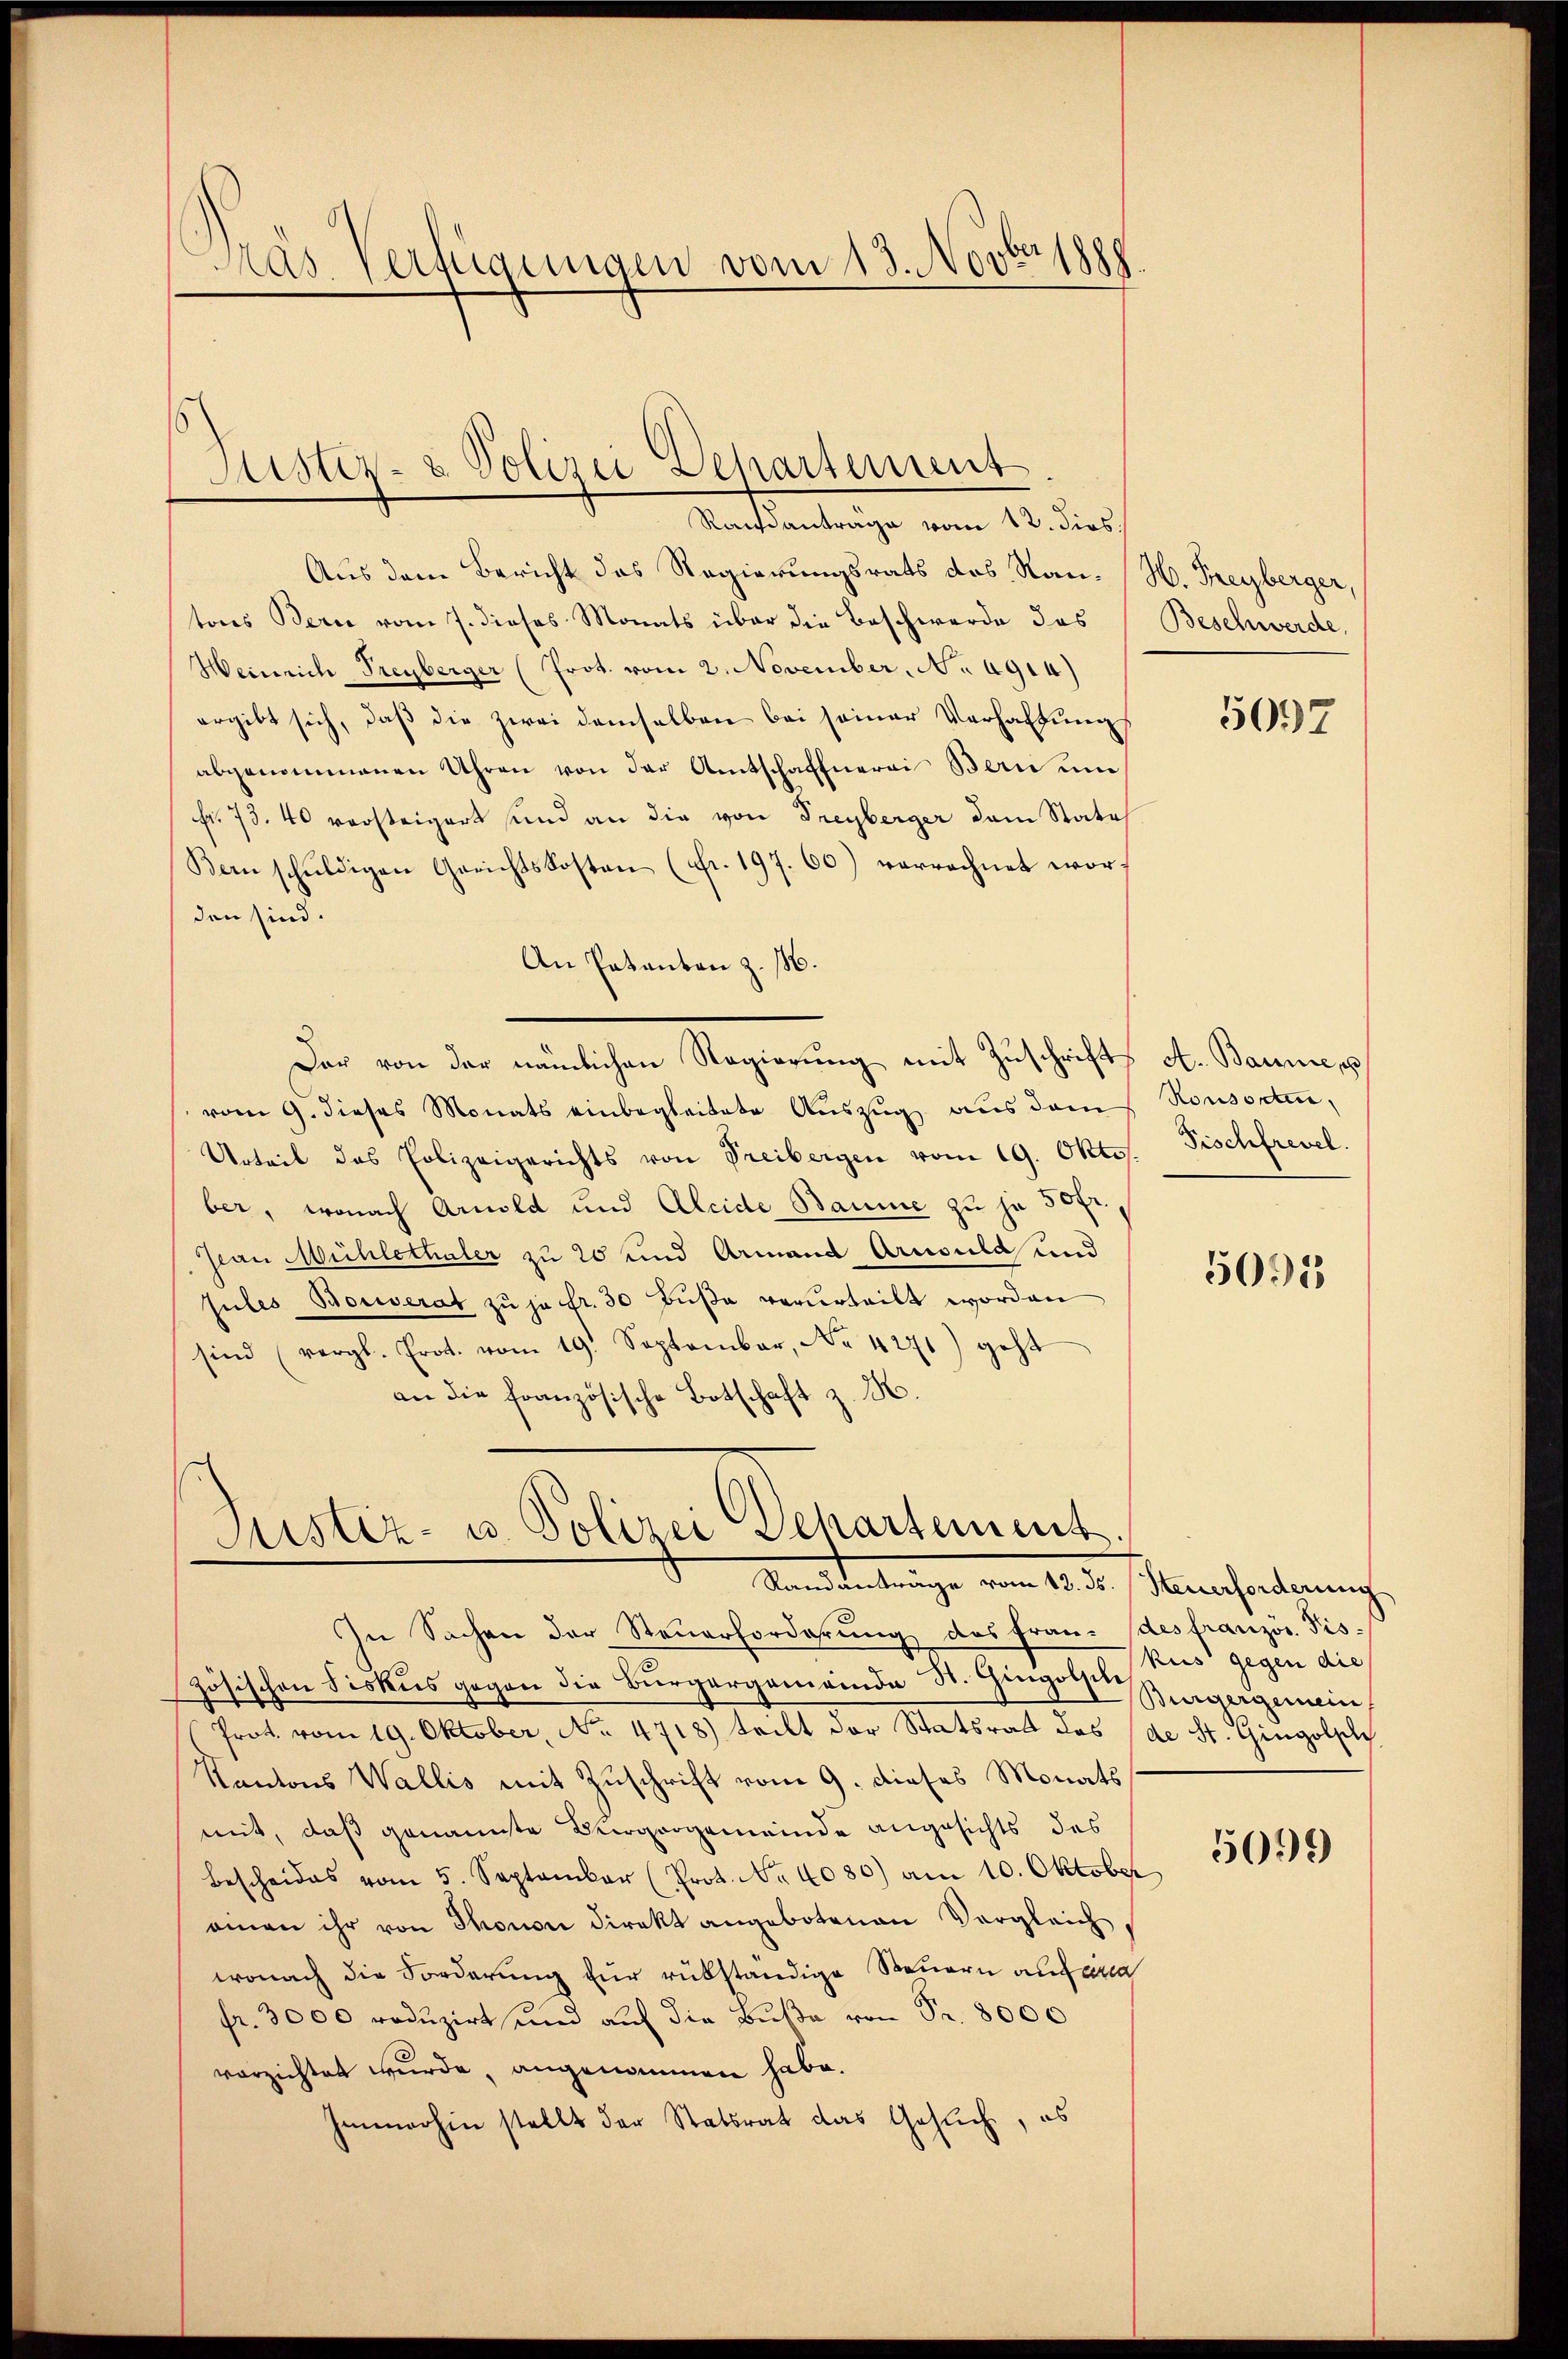
Fras Verfügungen vom 13. Novbr 1888

Justiz- & Polizei Departement
Raissanträge vom 12. dies

Aus dem Bericht das Regierungsrats des Ran- (H. Freyberger,
tons Bern vom 7. dieses Monats über die Beschwerde das
Weinrich Freyberger (Prot. vom 2. November, No 1914)
ergibt sich, daß die zwei demselben bei seiner Verhaltungs
abgenommenen Uhren von der Amtschaffnerei Bern und
fr. 73. 40 vorsteigert sind an die von Freyberger dem State
Bern schŭldigen Gerichtskosten (Fr. 197. 60) verrechnet wor-
den sind.
An Patanton z. 16.
Der von der nämlichen Regierung mit Zuschrift
vom 9. dieses Monats einbegleitete Auszug aus dem
Urteil das Polizeigerichts von Freibergen vom 19. Okto.   Fischfrevel.
ber, wonach Arnold und Aleide Baume zu je 50fr.,
Jean Mühlethaler zu 20 und Armand Arusula und
Jules Bouverat zu ja fr. 30 Buße verurteilt worden
sind (vergl. Prot. vom 19. September, No. 4271) geht
an die französische Botschaft z. B.

Justiz- u Polizei Departement
Randanträge vom 12. ds. Steuerforderung

In Sachen der Steuerforderŭng des Fran- (des französ. Vis-
Zösischen Fiskus gegen die Bürgergemeinde St. Gingoljel, Seis gegen die
Prot. vom 19. Oktober, No. 4718) tritt der Statsrath das de St. Gingolpl
Kantons Wallis mit Zuschrift vom 9. dieses Monats
mit, daß genannte Vergergemeinde angesichts das
Bescheides vom 5. September (Prot. No 4080) am 10. Oktober
ainen ihr von Thonor direkt angebotenen Vergleich
wonach die Forderung für rükständige Steuern auf eine
fr. 3000 redŭzirt und auf die Bŭβe von Fr. 8000
verzichtet wurde, angenommen habe.
Immerhin stellt der Statsrat das Geslich, es

Beschwerde.

5092

A. Baume,
Ronsorten,

5095

Bürgergemein

5099)